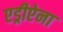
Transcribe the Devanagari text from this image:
एड्रीऐना